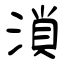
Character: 溑